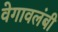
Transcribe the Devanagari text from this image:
वेगावलंबी